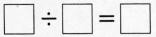
$$\Box \div \Box = \Box$$